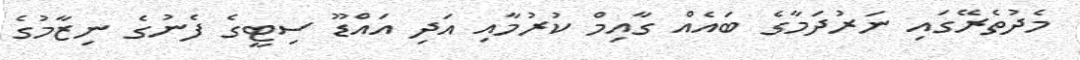
މެދުތެރޭގައި ނަރުދަމާގެ ބައެއް ގާއިމް ކުރުމާއި އަދި އައްޑޫ ސިޓީގެ ފެނުގެ ނިޒާމުގެ